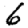
Digit: 6